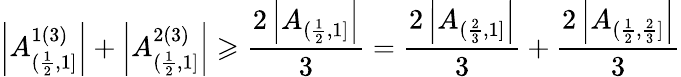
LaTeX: \left|A_{(\frac{1}{2},1]}^{1(3)}\right|+\left|A_{(\frac{1}{2},1]}^{2(3)}\right|\geqslant\frac{2\left|A_{(\frac{1}{2},1]}\right|}{3}=\frac{2\left|A_{(\frac{2}{3},1]}\right|}{3}+\frac{2\left|A_{(\frac{1}{2},\frac{2}{3}]}\right|}{3}